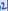
Text: 2